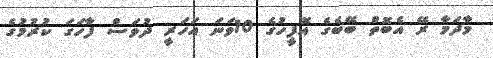
މާދަމާ ރޭ އެބޮތް ބޭބެގެ އޮފީހުގެ 10ވަނަ އަހަރީ ދުވަސް ފާހަގަ ކުރުމުގެ